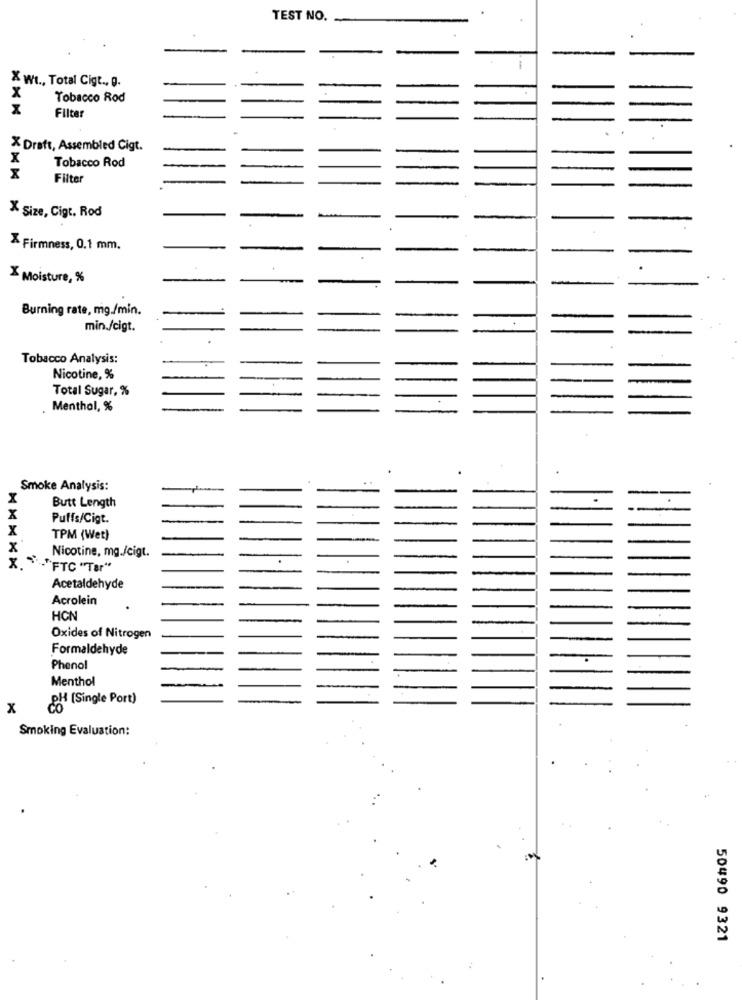
TEST NO.
X WI ., Total Cigt ., g.
x
Tobacco Rod
Filter
X Draft, Assembled Cigt.
X
Tobacco Rod
Filter
X Size, Cigt. Rod
& Firmness, 0,1 mm.
X Moisture, %
Burning rate, mg./min.
min./cigt.
Tobacco Analysis:
Nicotine, %
Total Sugar, %
Menthal, %
. .
Smoke Analysis:
X
Butt Length
X
Puffs/Cigt.
X
TPM (Wet)
X
Nicotine, mg./cigt.
""FTC "Tar"
Acetaldehyde
Acrolein
HON
Oxides of Nitrogen
Formaldehyde
Phenol
Menthol
OM (Single Port)
x
Smoking Evaluation:
50490 9321